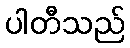
ပါတီသည်